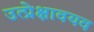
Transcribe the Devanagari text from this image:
उत्प्रेक्षावयव